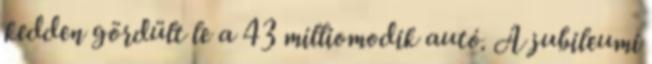
kedden gördült le a 43 milliomodik autó. A jubileumi